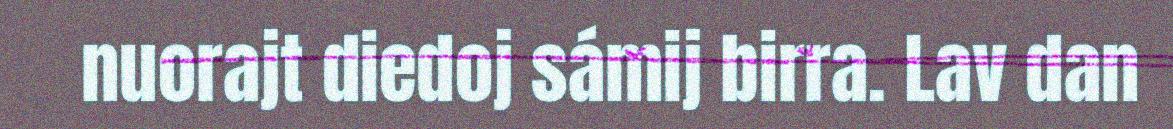
nuorajt diedoj sámij birra. Lav dan